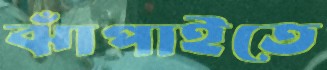
ঝাঁপাইতে